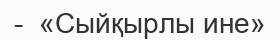
-  «Сыйқырлы ине»